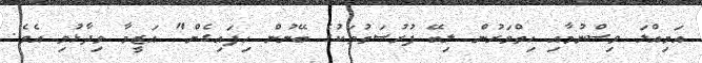
އަމިއްލަ ވިސްނުމާއި ހިތްވަރުން ލިބޭ ފުރުސަތުތަކުގެ ބޭނުން ހިފައިގެން" އަޒީމާ ވިދާޅުވި އެވެ.